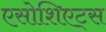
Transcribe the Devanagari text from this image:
एसोशिएट्स